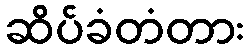
ဆိပ်ခံတံတား